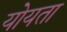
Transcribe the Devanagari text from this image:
योयता